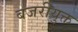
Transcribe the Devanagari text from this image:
बजरीयुक्त